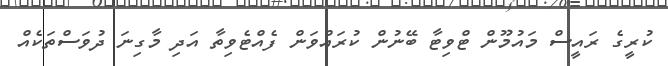
ކުރީގެ ރައީސް މައުމޫން ޓްވިޓާ ބޭނުން ކުރައްވަން ފެއްޓެވިތާ އަދި މާގިނަ ދުވަސްތަކެއް